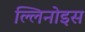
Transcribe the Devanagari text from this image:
ल्लिनोइस